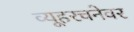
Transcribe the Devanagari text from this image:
व्यूहरचनेवर